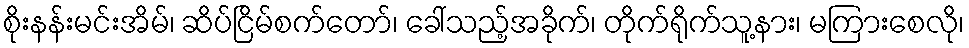
စိုးနန်းမင်းအိမ်၊ ဆိပ်ငြိမ်စက်တော်၊ ခေါ်သည့်အခိုက်၊ တိုက်ရိုက်သူ့နား၊ မကြားစေလို၊